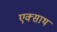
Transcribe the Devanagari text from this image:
एक्साथ